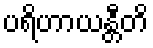
ပရိဟာယန္တီတိ